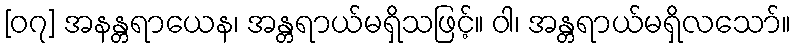
[၀၇] အနန္တရာယေန၊ အန္တရာယ်မရှိသဖြင့်။ ဝါ၊ အန္တရာယ်မရှိလသော်။